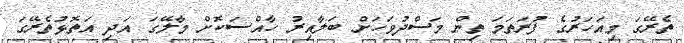
ތެރޭގަ މިއަހަރުގެ ފުރަތަމަ ތިން މަސްދުވަހަށް ބަލާއިރު ހާއްސަކޮށް މާލޭގަ އަދި އަތޮޅުތެރޭގަ